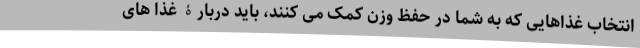
انتخاب غذاهایی که به شما در حفظ وزن کمک می کنند، باید دربارۀ غذا های